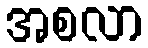
အစလာ